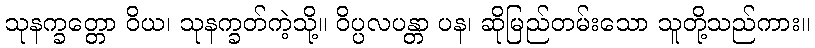
သုနက္ခတ္တော ဝိယ၊ သုနက္ခတ်ကဲ့သို့။ ဝိပ္ပလပန္တာ ပန၊ ဆိုမြည်တမ်းသော သူတို့သည်ကား။